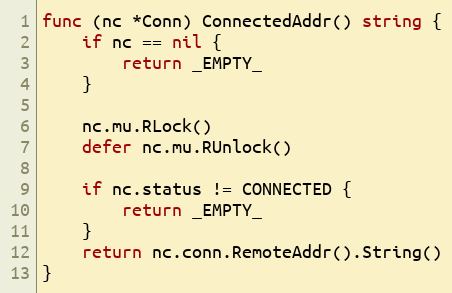
Language: Go
func (nc *Conn) ConnectedAddr() string {
	if nc == nil {
		return _EMPTY_
	}

	nc.mu.RLock()
	defer nc.mu.RUnlock()

	if nc.status != CONNECTED {
		return _EMPTY_
	}
	return nc.conn.RemoteAddr().String()
}